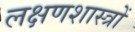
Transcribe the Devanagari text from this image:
लक्षणशास्त्रों